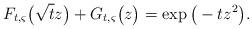
LaTeX: \begin{align*}F_{t,\varsigma}\big(\sqrt{t}z\big) + G_{t,\varsigma}\big(z\big) = \exp\big(-tz^2\big) .\end{align*}